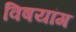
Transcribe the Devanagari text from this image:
विषयांग